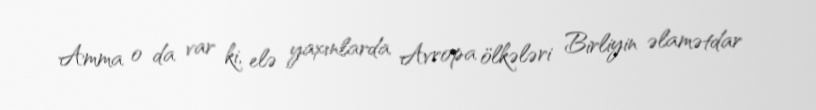
Amma o da var ki, elə yaxınlarda Avropa ölkələri Birliyin əlamətdar